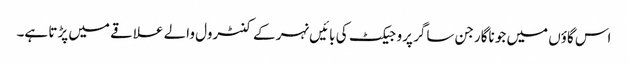
اس گاؤں میں جو ناگارجن ساگر پروجیکٹ کی بائیں نہر کے کنٹرول والے علاقے میں پڑتا ہے۔